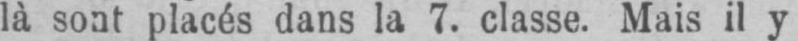
là sont placés dans la 7. classe. Mais il y